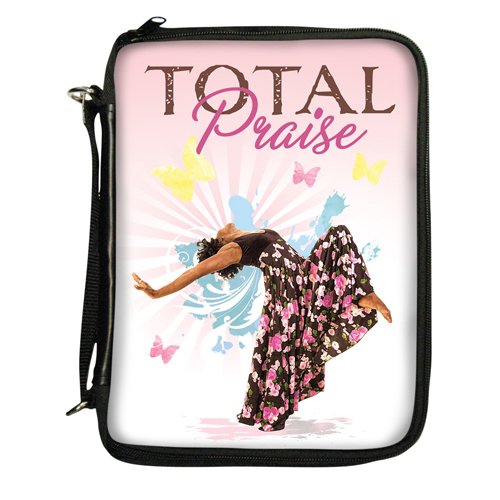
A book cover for Total Praise 2012 Bible Cover; African American Expressions; Christian Books & Bibles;